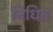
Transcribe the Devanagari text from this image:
निधित